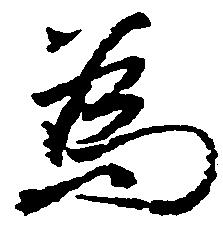
為